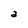
Character: a